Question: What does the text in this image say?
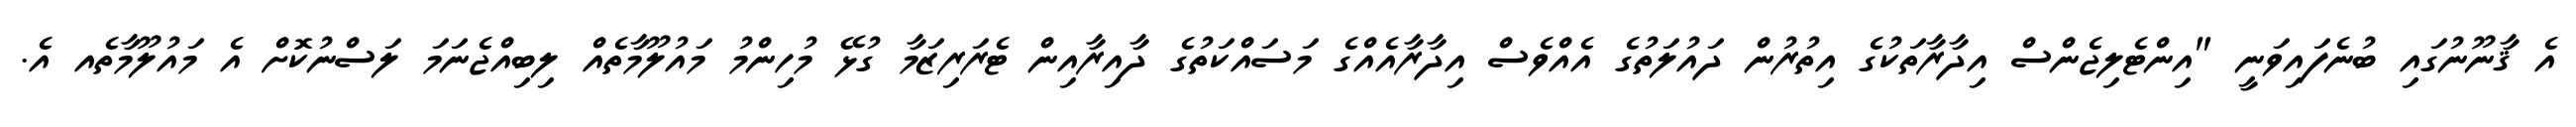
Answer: އެ ޤާނޫނުގައި ބުނެފައިވަނީ "އިންޓެލިޖެންސް އިދާރާތަކުގެ އިތުރުން ދައުލަތުގެ އެއްވެސް އިދާރާއެއްގެ މަސައްކަތުގެ ދާއިރާއިން ޓެރަރިޒަމާ ގުޅޭ މުހިންމު މައުލޫމާތެއް ލިބިއްޖެނަމަ ލަސްނުކޮށް އެ މައުލޫމާތެއ އެ.